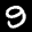
Label: 9